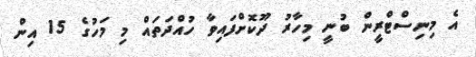
އެ މިނިސްޓްރީން ބުނީ މިހާރު ދޫކޮށްފައިވާ ހުއްދަތައް މި މަހުގެ 15 އިން